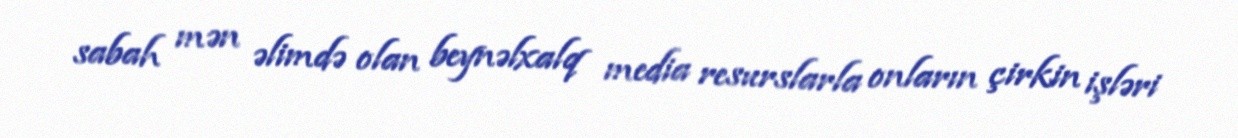
sabah mən əlimdə olan beynəlxalq media resurslarla onların çirkin işləri